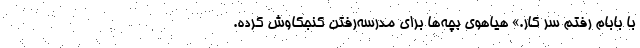
با بابام رفتم سر کار.» هیاهوی بچه‌ها برای مدرسه‌رفتن کنجکاوش کرده.